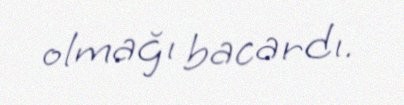
olmağı bacardı.